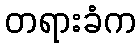
တရားခံက